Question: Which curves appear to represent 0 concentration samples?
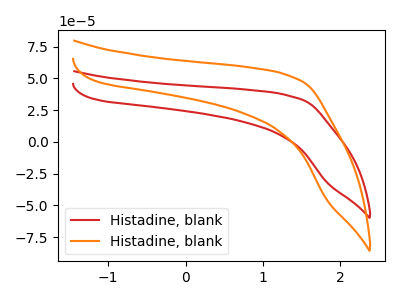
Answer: <think>The red curve "Histadine, blank1" has no peaks. The orange curve "Histadine, blank2" has no peaks.</think>
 <answer>"Histadine, blank1" and "Histadine, blank2" are likely to be blanks.</answer>
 <eval>"Histadine, blank1", "Histadine, blank2"</eval>